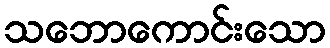
သဘောကောင်းသော